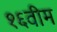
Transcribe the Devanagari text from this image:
१६वीम